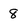
Character: 8